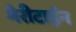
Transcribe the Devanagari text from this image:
मेरीटाईन